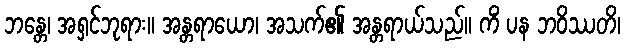
ဘန္တေ၊ အရှင်ဘုရား။ အန္တရာယော၊ အသက်၏ အန္တရာယ်သည်။ ကိံ ပန ဘဝိဿတိ၊